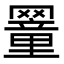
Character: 𦌜